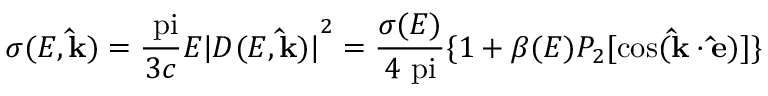
\sigma ( E , \mathbf { \hat { k } } ) = \frac { \mathrm { \ p i } } { 3 c } E { | D ( E , \mathbf { \hat { k } } ) | } ^ { 2 } = \frac { \sigma ( E ) } { 4 \mathrm { \ p i } } \{ 1 + \beta ( E ) P _ { 2 } [ { \cos } ( \mathbf { \hat { k } \cdot \hat { e } } ) ] \}